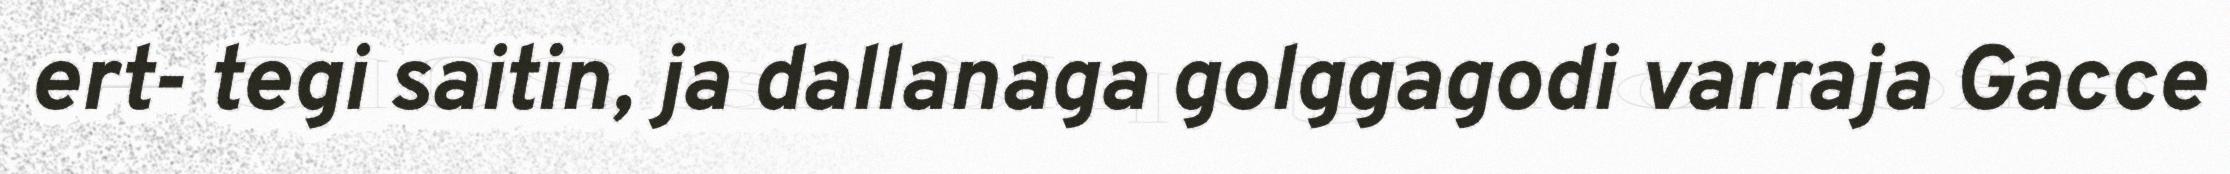
ert- tegi saitin, ja dallanaga golggagodi varraja Gacce